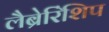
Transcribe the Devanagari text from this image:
लैब्रेरिंशिप